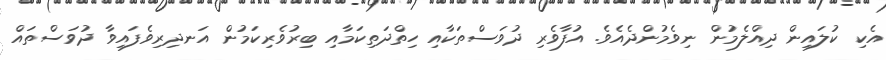
އެކި ކުލައިން ދިއްލެމުން ނިވެމުންދެއެވެ. އުފާވެރި ދުވަސްތަކާއި ހިތްދަތިކަމާއި ބިރުވެރިކަމުން އަނދިރިވެފައިވާ ދުވަސްތައް